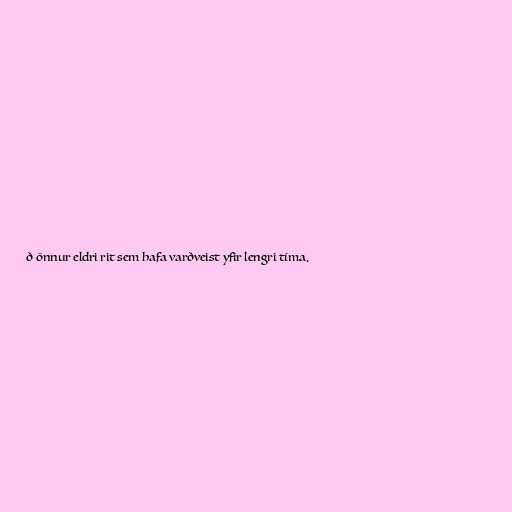
ð önnur eldri rit sem hafa varðveist yfir lengri tíma.